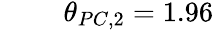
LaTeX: \begin{array}{rlr}{\mathrm{~}}&{{}}&{\theta_{PC,2}=1.96}\end{array}